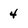
Character: 4